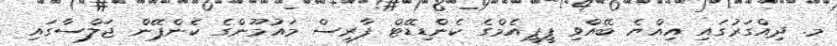
މ. ދިއްގަރުގައި އިއްޔެ ބޭއްވި ޕީޕީއެމްގެ ކެންޑިޑޭޓް ފާރިސް މައުމޫންގެ ކެންޕޭން ޖަލްސާގައި